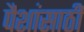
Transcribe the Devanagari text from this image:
पैशांसाठी